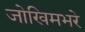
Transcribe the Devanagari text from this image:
जोखिमभरे